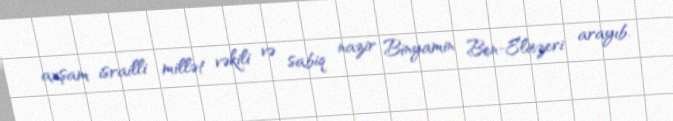
axşam israilli millət vəkili və sabiq nazir Binyamin Ben-Eliezeri arayıb.